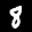
Label: 8